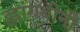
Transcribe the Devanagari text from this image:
ह्लांगवीनी